Lunatic asylums Burma 1907-21 - 1907-1921
Year: 1907
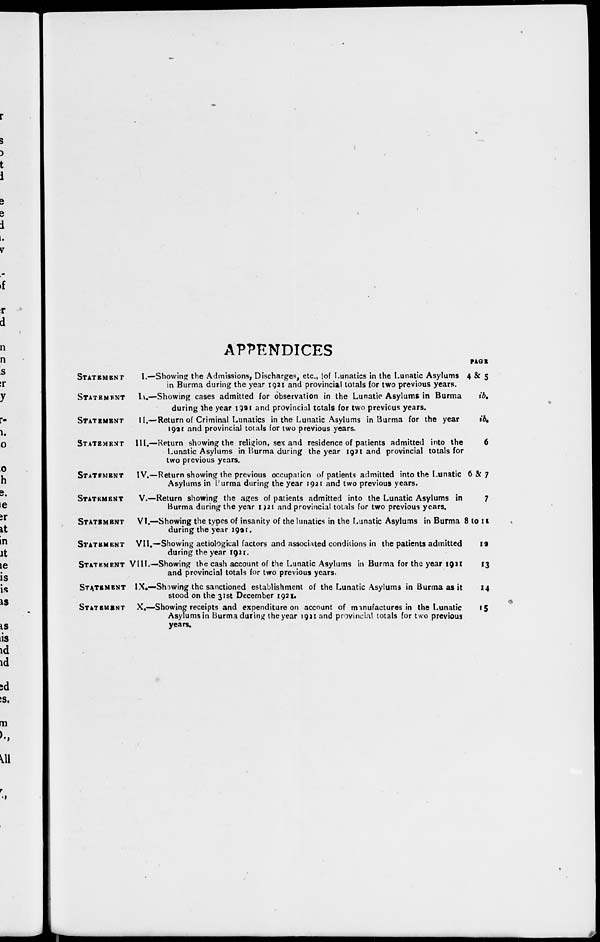
APPENDICES
STATEMENT
STATEMENT
STATEMENT
STATEMENT
STATEMENT
STATEMENT
STATEMENT
STATEMENT
STATEMENT
STATEMENT
STATEMENT
I.—Showing the Admissions, Discharges, etc., of Lunatics in the Lunatic Asylums
in Burma during the year 1921 and provincial totals for two previous years.
IA.—Showing cases admitted for observation in the Lunatic Asylums in Burma
during the year 1921 and provincial totals for two previous years.
II.—Return of Criminal Lunatics in the Lunatic Asylums in Burma for the year
1921 and provincial totals for two previous years.
III.—Return showing the religion, sex and residence of patients admitted into the
Lunatic Asylums in Burma during the year 1921 and provincial totals for
two previous years.
IV.—Return showing the previous occupation of patients admitted into the Lunatic
Asylums in Burma during the year 1921 and two previous years.
V.—Return showing the ages of patients admitted into the Lunatic Asylums in
Burma during the year 1921 and provincial totals for two previous years.
VI.—Showing the types of insanity of the lunatics in the Lunatic Asylums in Burma
during the year 1921.
VII.—Showing aetiological factors and associated conditions in the patients admitted
during the year 1921.
VIII.—Showing the cash account of the Lunatic Asylums in Burma for the year 1921
and provincial totals for two previous years.
IX.—Showing the sanctioned establishment of the Lunatic Asylums in Burma as it
stood on the 31st December 1921.
X.—Showing receipts and expenditure on account of manufactures in the Lunatic
Asylums in Burma during the year 1921 and provincial totals for two previous
years.
PAGE
4&5
ib.
ib.
6
6& 7
7
8 to 11
12
13
14
15